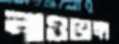
নাওভাঙ্গা